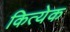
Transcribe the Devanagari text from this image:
कित्‍येक